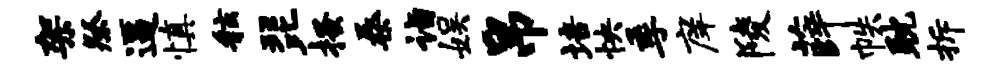
架祭逼慎舷琵搔桑诣娱帛培怏季庠陵薛帙耽拆